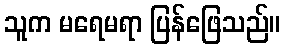
သူက မရေမရာ ပြန်ဖြေသည်။